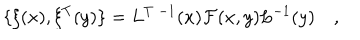
\{ \xi ( x ) , \xi ^ { T } ( y ) \} = L ^ { T \; - 1 } ( x ) { \cal F } ( x , y ) L ^ { - 1 } ( y ) \quad ,